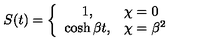
S ( t ) = \left\{ \begin{array} { c l } { 1 , } & { \chi = 0 } \\ { \cosh \beta t , } & { \chi = { \beta } ^ { 2 } } \\ \end{array} \right.